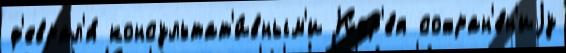
ф'еврал'я́ консультат'и́вным'и Кор'е́я сохран'е́н'иjу